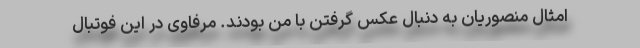
امثال منصوریان به دنبال عکس گرفتن با من بودند. مرفاوی در این فوتبال